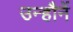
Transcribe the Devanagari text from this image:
उन्हौनें